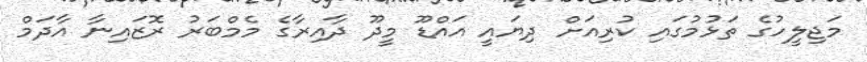
މަޖިލީހުގެ ތަޅުމުގައި ކުރިއަށް ދިޔައީ އައްޑޫ މީދޫ ދާއިރާގެ މެމްބަރު ރޮޒައިނާ އާދަމް